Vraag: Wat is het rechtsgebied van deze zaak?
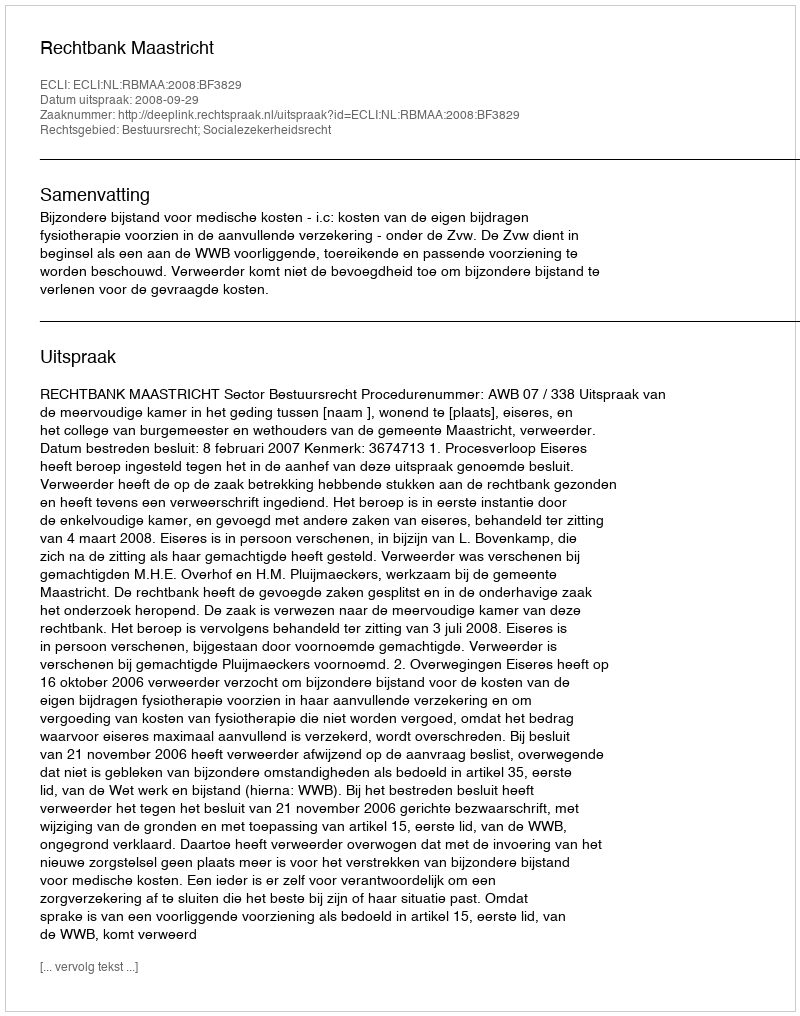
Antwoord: Bestuursrecht; Socialezekerheidsrecht